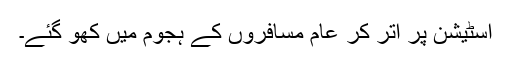
اسٹیشن پر اُتر کر عام مسافروں کے ہجوم میں کھو گئے۔